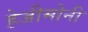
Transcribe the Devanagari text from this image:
हेजीमोनी